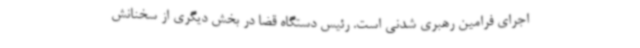
اجرای فرامین رهبری شدنی است. رئیس دستگاه قضا در بخش دیگری از سخنانش